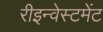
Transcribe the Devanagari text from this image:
रीइन्वेस्टमेंट